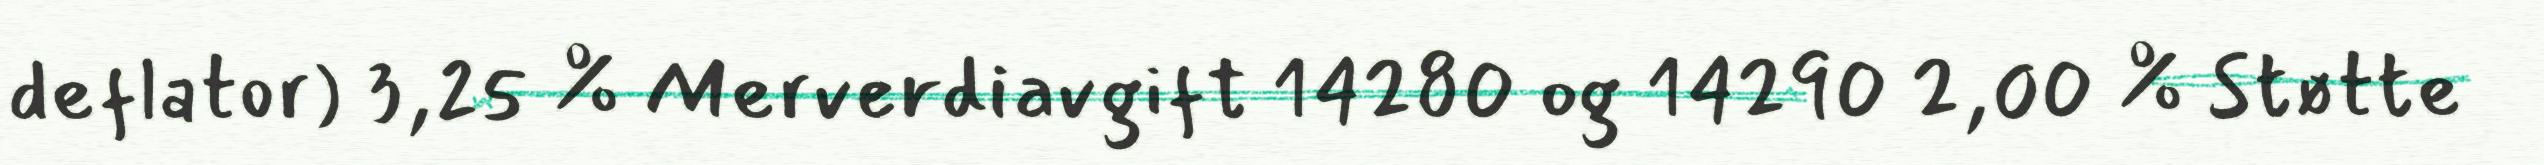
deflator) 3,25 % Merverdiavgift 14280 og 14290 2,00 % Støtte